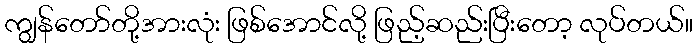
ကျွန်တော်တို့အားလုံး ဖြစ်အောင်လို့ ဖြည့်ဆည်းပြီးတော့ လုပ်တယ်။